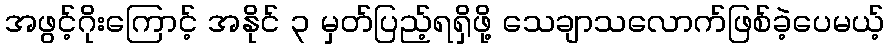
အဖွင့်ဂိုးကြောင့် အနိုင် ၃ မှတ်ပြည့်ရရှိဖို့ သေချာသလောက်ဖြစ်ခဲ့ပေမယ့်